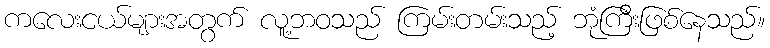
ကလေးငယ်များအတွက် လူ့ဘဝသည် ကြမ်းတမ်းသည့် ဘုံကြီးဖြစ်နေသည်။